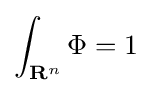
\int _{\mathbf {R} ^{n}}\Phi =1